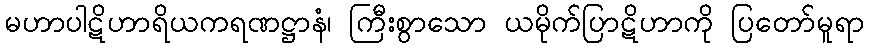
မဟာပါဋိဟာရိယကရဏဋ္ဌာနံ၊ ကြီးစွာသော ယမိုက်ပြာဋိဟာကို ပြတော်မူရာ